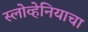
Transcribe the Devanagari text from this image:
स्लोव्हेनियाचा